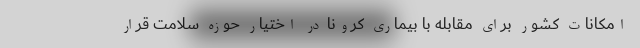
امکانات کشور برای مقابله با بیماری کرونا در اختیار حوزه سلامت قرار